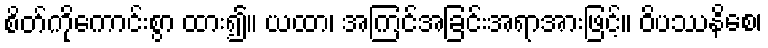
စိတ်ကိုကောင်းစွာ ထား၍။ ယထာ၊ အကြင်အခြင်းအရာအားဖြင့်။ ဝိပဿနိစေ၊